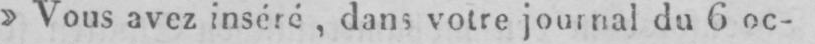
»Vous avez inséré, dans votre journal du 6 oc-